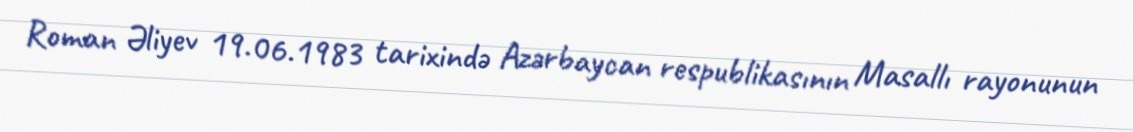
Roman Əliyev 19.06.1983 tarixində Azərbaycan respublikasının Masallı rayonunun